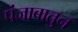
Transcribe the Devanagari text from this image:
पंजाबातुन